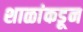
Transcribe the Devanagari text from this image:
शाळांकडून